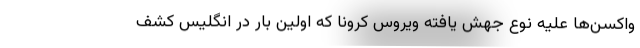
واکسن‌ها علیه نوع جهش یافته ویروس کرونا که اولین بار در انگلیس کشف